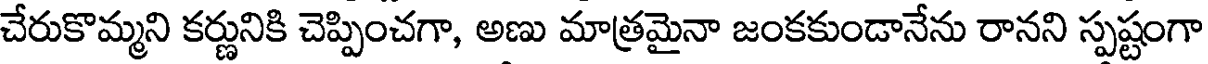
చేరుకొమ్మని కర్ణునికి చెప్పించగా, అణు మాత్రమైనా జంకకుండానేను రానని స్పష్టంగా